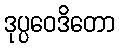
ဒုပ္ပဝေဒိတော